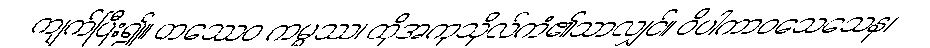
ကျက်ပြီး၍။ တဿေဝ ကမ္မဿ၊ ထိုအကုသိုလ်ကံ၏သာလျှင်။ ဝိပါကာဝသေသေန၊